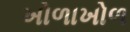
ખોળાખોળ